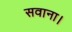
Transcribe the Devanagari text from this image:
सवाना।